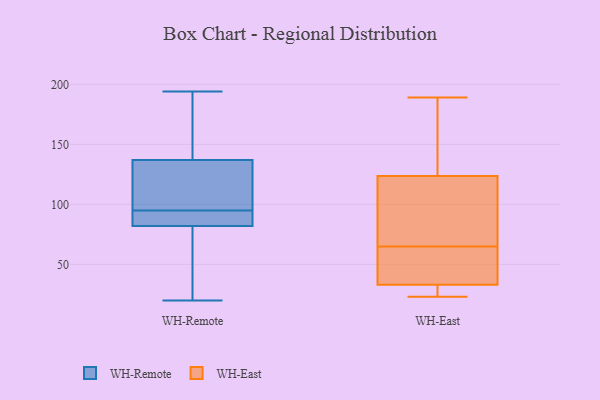
{"axis": {"x": "Headcount", "y": "Value"}, "legend": ["WH-East", "WH-Remote"], "data": [{"x": "", "y": 84, "type": "WH-Remote"}, {"x": "", "y": 177, "type": "WH-Remote"}, {"x": "", "y": 34, "type": "WH-Remote"}, {"x": "", "y": 105, "type": "WH-Remote"}, {"x": "", "y": 97, "type": "WH-Remote"}, {"x": "", "y": 92, "type": "WH-Remote"}, {"x": "", "y": 88, "type": "WH-Remote"}, {"x": "", "y": 93, "type": "WH-Remote"}, {"x": "", "y": 137, "type": "WH-Remote"}, {"x": "", "y": 189, "type": "WH-Remote"}, {"x": "", "y": 172, "type": "WH-Remote"}, {"x": "", "y": 194, "type": "WH-Remote"}, {"x": "", "y": 125, "type": "WH-Remote"}, {"x": "", "y": 20, "type": "WH-Remote"}, {"x": "", "y": 63, "type": "WH-Remote"}, {"x": "", "y": 33, "type": "WH-Remote"}, {"x": "", "y": 82, "type": "WH-Remote"}, {"x": "", "y": 117, "type": "WH-Remote"}, {"x": "", "y": 189, "type": "WH-East"}, {"x": "", "y": 87, "type": "WH-East"}, {"x": "", "y": 117, "type": "WH-East"}, {"x": "", "y": 45, "type": "WH-East"}, {"x": "", "y": 138, "type": "WH-East"}, {"x": "", "y": 183, "type": "WH-East"}, {"x": "", "y": 23, "type": "WH-East"}, {"x": "", "y": 26, "type": "WH-East"}, {"x": "", "y": 29, "type": "WH-East"}, {"x": "", "y": 101, "type": "WH-East"}, {"x": "", "y": 65, "type": "WH-East"}, {"x": "", "y": 64, "type": "WH-East"}, {"x": "", "y": 29, "type": "WH-East"}, {"x": "", "y": 126, "type": "WH-East"}, {"x": "", "y": 62, "type": "WH-East"}]}